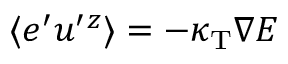
\langle { e ^ { \prime } u ^ { \prime } { } ^ { z } } \rangle = - \kappa _ { \mathrm { { T } } } \nabla E